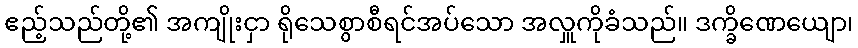
ဧည့်သည်တို့၏ အကျိုးငှာ ရိုသေစွာစီရင်အပ်သော အလှူကိုခံသည်။ ဒက္ခိဏေယျော၊